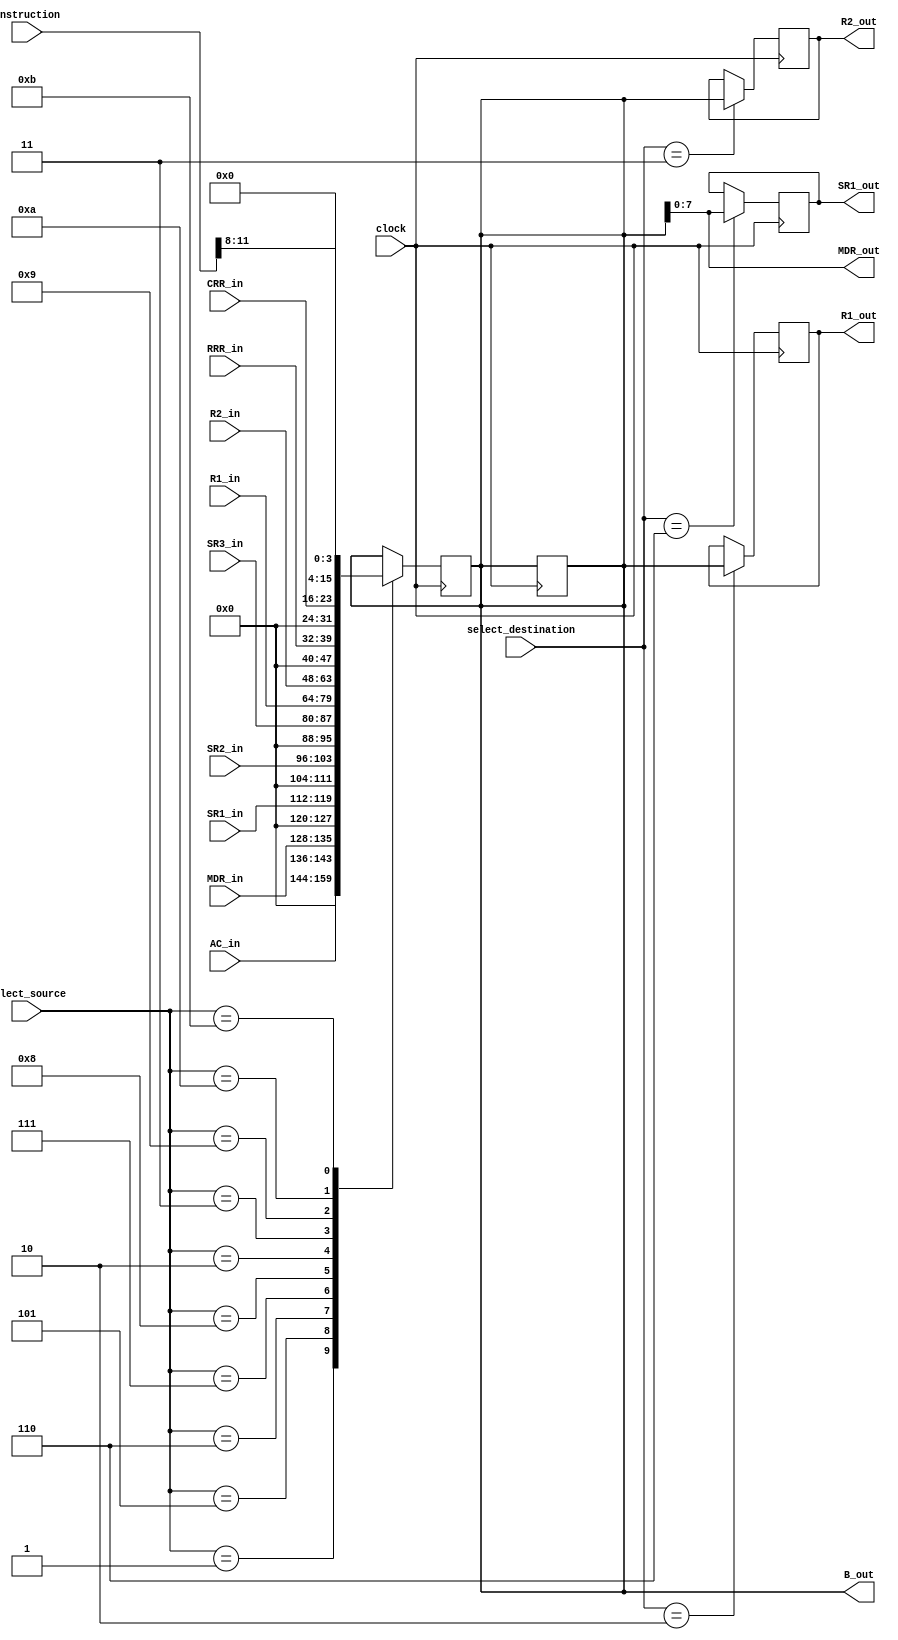
module Bus(input wire [15:0] AC_in,
			  input wire [7:0] SR1_in,
			  input wire [7:0] SR2_in,
			  input wire [7:0] SR3_in,
			  input wire [15:0] R1_in,
			  input wire [15:0] R2_in,
			  input wire [7:0] RRR_in,
			  input wire [7:0] CRR_in,
			  input wire [7:0] MDR_in,
			  output reg [7:0] SR1_out,
			  output reg [15:0] R1_out,
			  output reg [15:0] R2_out,
			  output wire [7:0] MDR_out,
			  output wire [15:0] B_out,
			  input wire [3:0] select_source,
			  input wire [2:0] select_destination,
			  input wire [15:0] instruction,
			  input clock);

reg [15:0] value;
reg [3:0] multiply_divide_constant;
assign B_out = value;
assign MDR_out = value[7:0];

initial
begin
value = 16'b0000000000000111;
end

always@(instruction)
begin
	multiply_divide_constant <= instruction[11:8];
end

always@(posedge clock)
	begin
		case(select_source)
		4'b0000:
			begin
				value <= value;
			end
		
		4'b0001:
			begin
				value <= AC_in;
			end
		
		4'b0101:
			begin
				value <= {8'b0,MDR_in};
			end
			
		4'b0110:
			begin
				value <= {8'b0,SR1_in};
			end
			
		4'b0111:
			begin
				value <= {8'b0,SR2_in};
			end
			
		4'b1000:
			begin
				value <= {8'b0,SR3_in};
			end
			
		4'b0010:
			begin
				value <= R1_in;
			end
			
		4'b0011:
			begin
				value <= R2_in;
			end
			
		4'b1001:
			begin
				value <= {8'b0,RRR_in};
			end
			
		4'b1010:
			begin
				value <= {8'b0,CRR_in};
			end
			
		4'b1011:
			begin
				value <= {12'b0,multiply_divide_constant};
			end
		
		endcase
	end
	
	
always@(posedge clock)
	begin
		case(select_destination)
		3'b000:
			begin
				value <= value;
			end
		
		3'b010:
			begin
				R1_out <= value;
			end
			
		3'b011:
			begin
				R2_out <= value;
			end
			
		3'b110:
			begin
				SR1_out <= value[7:0];
			end
					
		endcase
	end
	
endmodule